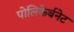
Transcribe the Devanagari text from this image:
पोलिकेर्बनेट